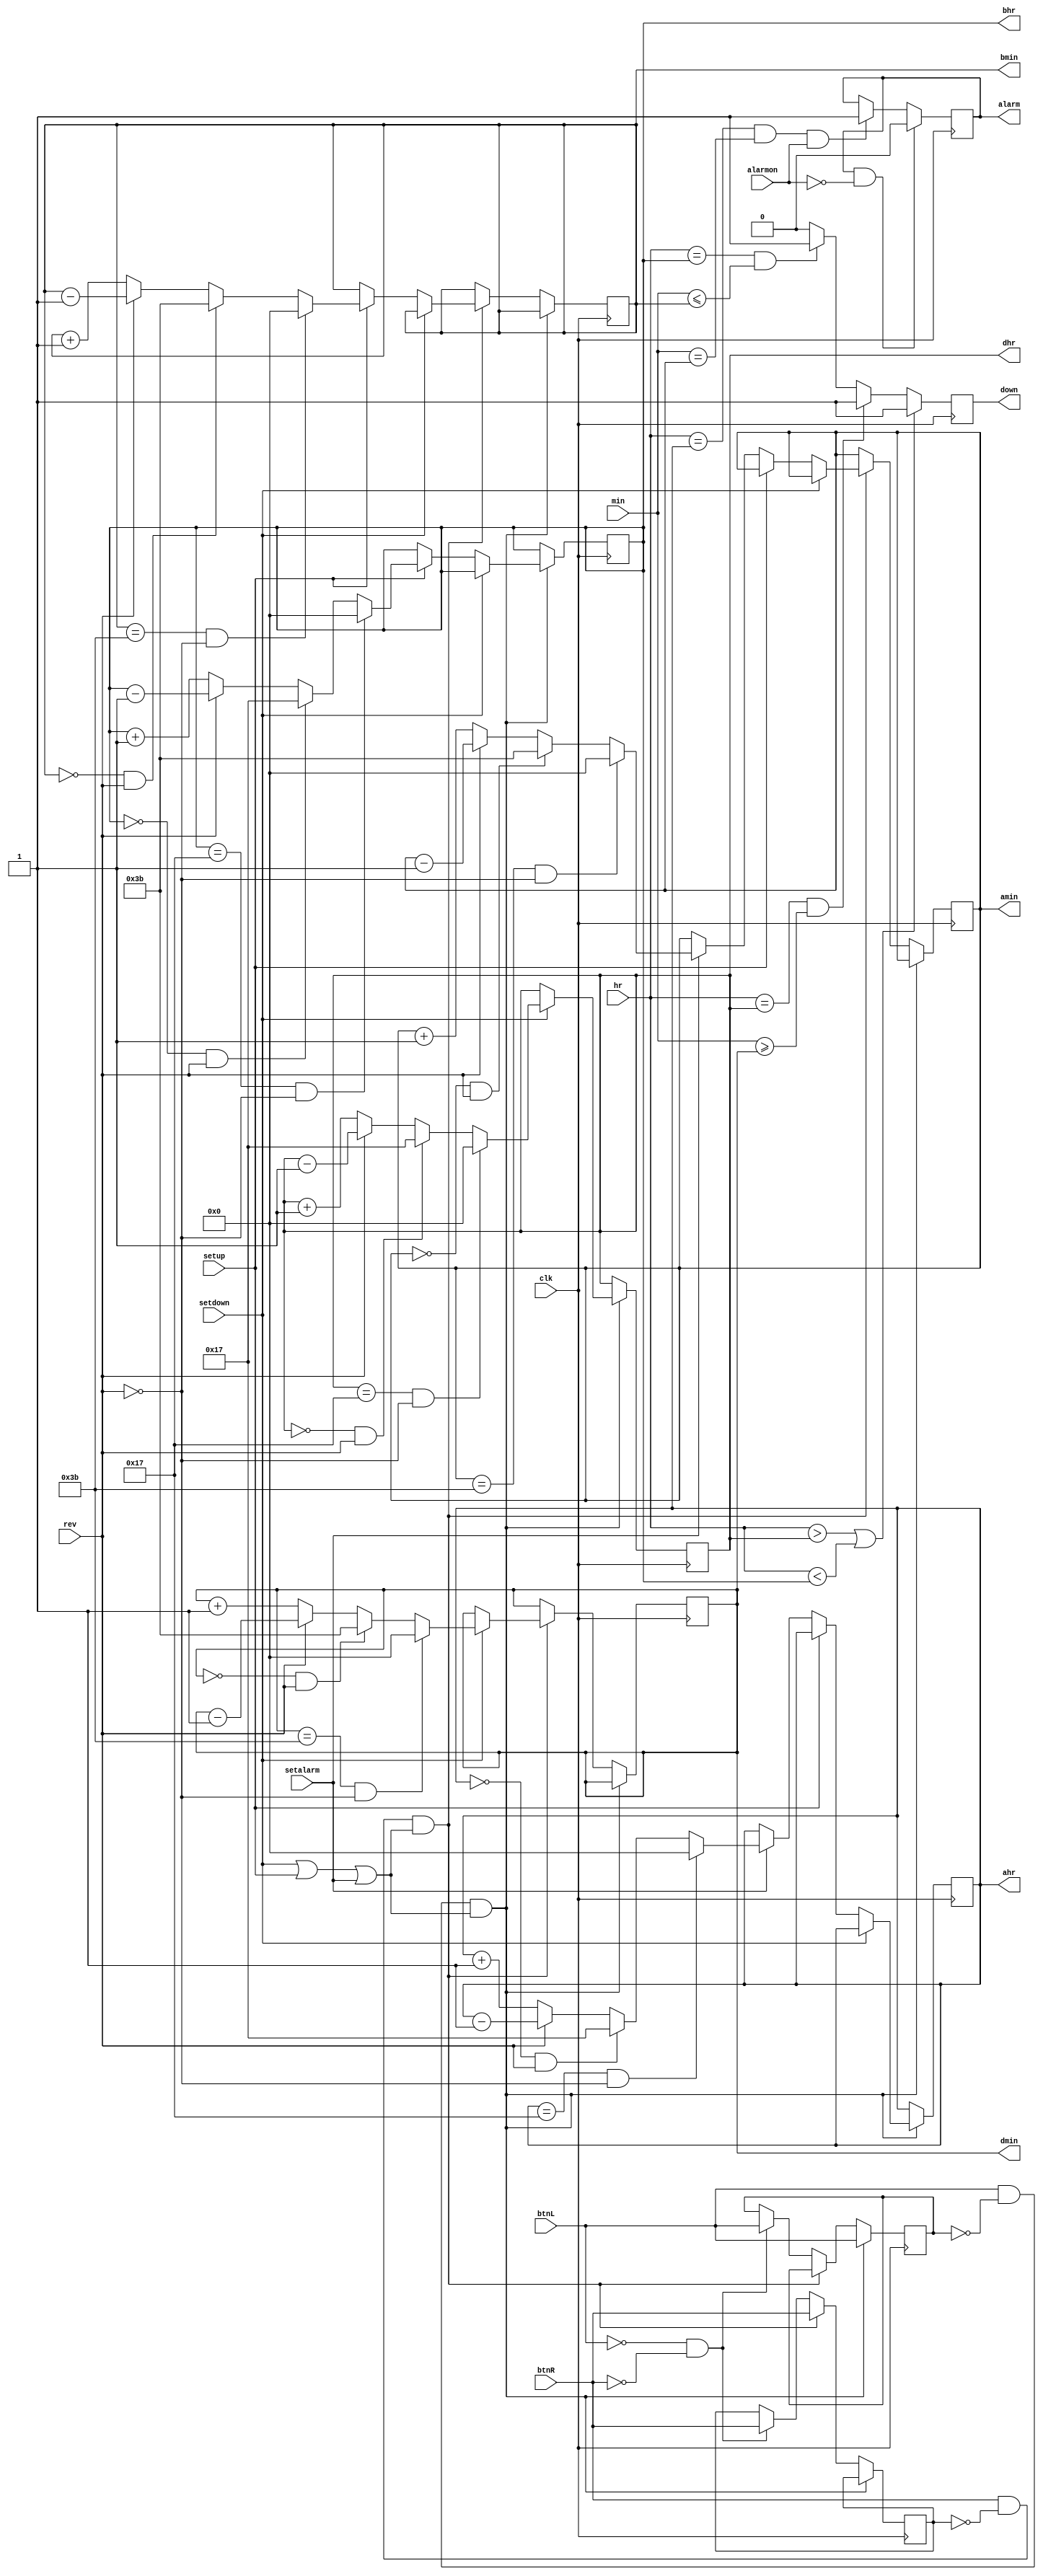
`timescale 1ns / 1ps
//////////////////////////////////////////////////////////////////////////////////
// Company: 
// Engineer: 
// 
// Design Name: 
// Module Name: downtime
// Project Name: 
// Target Devices: 
// Tool Versions: 
// Description: 
// 
// Dependencies: 
// 
// Revision:
// Revision 0.01 - File Created
// Additional Comments:
// 
//////////////////////////////////////////////////////////////////////////////////


module downtime(
        input clk,
        input [7:0] hr,
        input [7:0] min,        
        input setdown,
        input setup,
        input setalarm,
        input alarmon,
        input rev,
        input btnL,
        input btnR,
        output reg [7:0] dhr,
        output reg [7:0] dmin,
        output reg [7:0] bhr,
        output reg [7:0] bmin,
        output reg [7:0] ahr,
        output reg [7:0] amin,
        output reg alarm,
        output reg down
    );
    
    localparam hour = 8'b00111011;
    localparam hourLim = 8'b00010111;
    
    reg last_btnL;
    reg last_btnR;
    
    initial begin
        dhr = 8'b0;
        dmin = 8'b0;
        
        bhr = 8'b0;
        bmin = 8'b00000001;
        
        ahr = 8'b0;
        amin = 8'b0;
    end
       
    
    always @ (posedge clk) begin
       if (btnL && !last_btnL && (setdown || setup || setalarm)) begin
            last_btnL <= btnL;
            if (setdown) begin
                if (dhr == hourLim && !rev)
                    dhr <= 8'b0;
                else if (dhr == 8'b0 && rev)
                    dhr <= hourLim;
                else begin
                    if (rev)
                        dhr <= dhr - 1'b1;
                    else
                        dhr <= dhr + 1'b1;
                end
            end else if (setup) begin
                if (bhr == hourLim && !rev)
                    bhr <= 8'b0;
                else if (bhr == 8'b0 && rev)
                    bhr <= hourLim;
                else begin
                    if (rev)
                        bhr <= bhr - 1'b1;
                    else
                        bhr <= bhr + 1'b1;
                end
             end else if (setalarm) begin
                 if (ahr == hourLim && !rev)
                     ahr <= 8'b0;
                 else if (ahr == 8'b0 && rev)
                     ahr <= hourLim;
                 else begin
                     if (rev)
                         ahr <= ahr - 1'b1;
                     else
                         ahr <= ahr + 1'b1;
                 end             
             end
        end else if (btnR && !last_btnR && (setdown || setup || setalarm)) begin
             last_btnR <= btnR;
             if (setdown) begin
                if (dmin == hour && !rev)
                    dmin <= 8'b0;
                else if (dmin == 8'b0 && rev)
                    dmin <= hour;
                else begin
                    if (rev)
                        dmin <= dmin - 1'b1;
                    else
                        dmin <= dmin + 1'b1;
                end
             end else if (setup) begin
                if (bmin == hour && !rev)
                    bmin <= 8'b0;
                else if (bmin == 8'b0 && rev)
                    bmin <= hour;
                else begin
                    if (rev)
                        bmin <= bmin - 1'b1;
                    else
                        bmin <= bmin + 1'b1;
                end
             end else if (setalarm) begin
                if (amin == hour && !rev)
                   amin <= 8'b0;
                else if (amin == 8'b0 && rev)
                    amin <= hour;
                else begin
                    if (rev)
                        amin <= amin - 1'b1;
                    else
                        amin <= amin + 1'b1;
                end             
             end
        end else if (!btnL && !btnR) begin
            last_btnL <= btnL;
            last_btnR <= btnR;
        end    
    end
    
    always @ (posedge clk) begin    
       if (hr > dhr || hr < bhr)
          down <= 1;
       else if(hr == dhr && min >= dmin)
          down <= 1;
       else if(hr == bhr && min <= bmin)
          down <= 1;       
       else
          down <= 0; 
          
       if (hr == ahr && min == amin && alarmon)
          alarm <= 1;
       
       if (alarm && !alarmon)
          alarm <= 0;
    end
    
endmodule